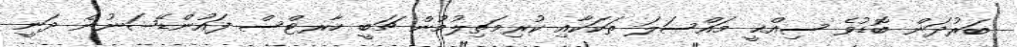
ބަރުދަން ބޮޑުވެ ސިއްޙީ މައްސަލަ ތަކަކާއި ކުރިމަތިލުމުން ޗަބީ ހާރޓްސް ފައުންޑޭޝަނުން ދަނީ